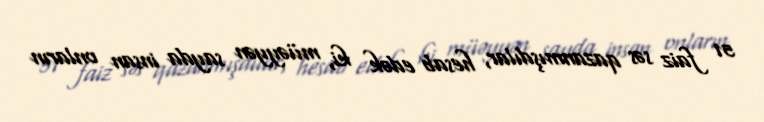
51 faiz səs qazanmışdılar, hesab edək ki, müəyyən sayda insan onların